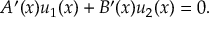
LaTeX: A ^ { \prime } ( x ) u _ { 1 } ( x ) + B ^ { \prime } ( x ) u _ { 2 } ( x ) = 0 .